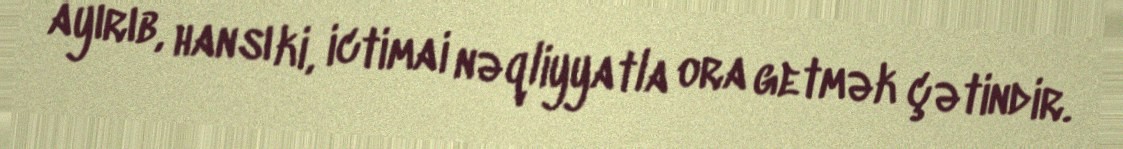
ayırıb, hansı ki, ictimai nəqliyyatla ora getmək çətindir.